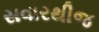
સવારથીજ